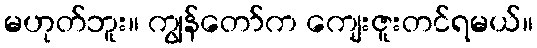
မဟုတ်ဘူး။ ကျွန်တော်က ကျေးဇူးတင်ရမယ်။